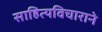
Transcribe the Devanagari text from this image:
साहित्यविचाराने